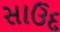
સાઉદ